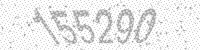
Solution: 155290